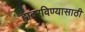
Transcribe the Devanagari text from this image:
हादरविण्यासाठी